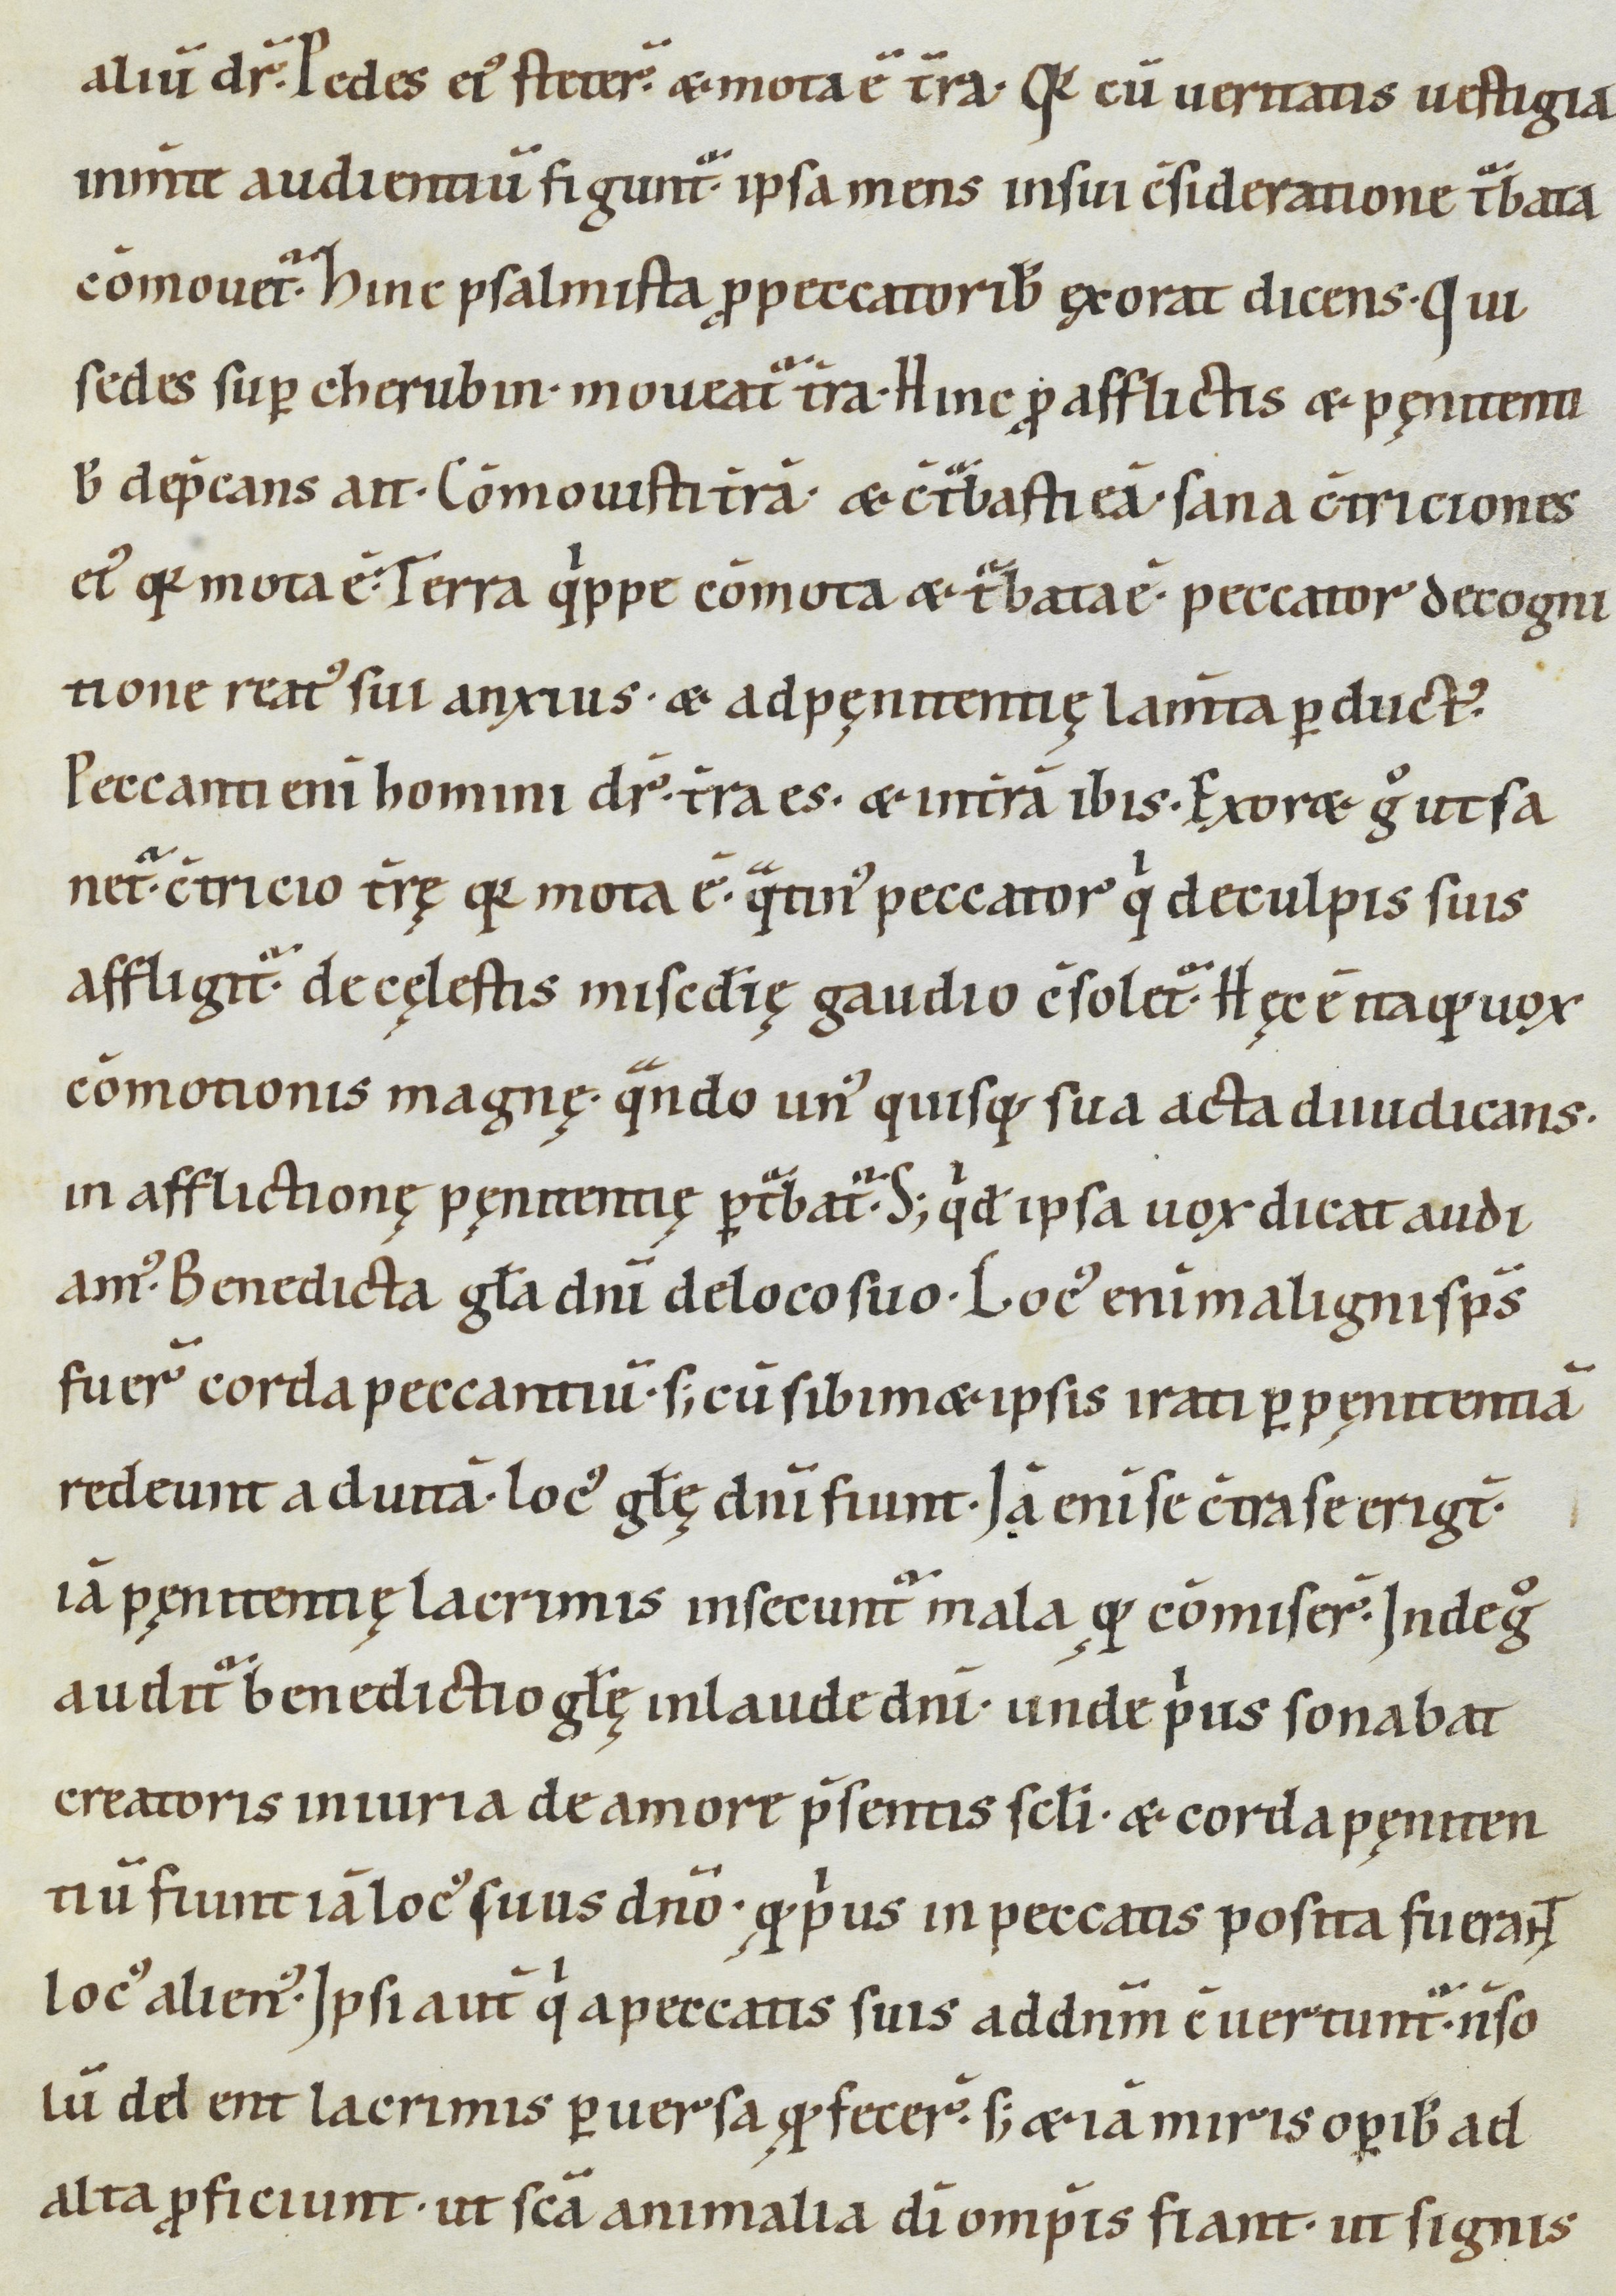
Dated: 1000–1099